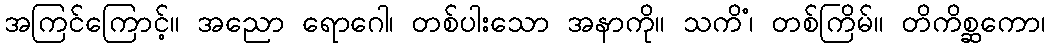
အကြင်ကြောင့်။ အညော ရောဂေါ၊ တစ်ပါးသော အနာကို။ သကိံ၊ တစ်ကြိမ်။ တိကိစ္ဆကော၊